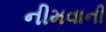
નીમવાની